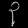
Digit: ၃